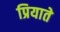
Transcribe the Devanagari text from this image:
प्रियाते